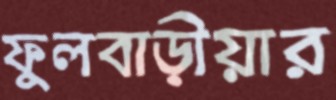
ফুলবাড়ীয়ার